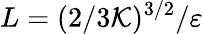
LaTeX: L=(2/3\mathcal{K})^{3/2}/\varepsilon